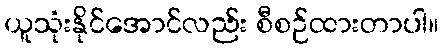
ယူသုံးနိုင်အောင်လည်း စီစဉ်ထားတာပါ။